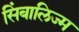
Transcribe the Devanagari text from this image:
सिंबालिज्म